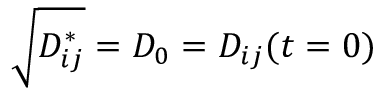
\sqrt { D _ { i j } ^ { * } } = D _ { 0 } = D _ { i j } ( t = 0 )